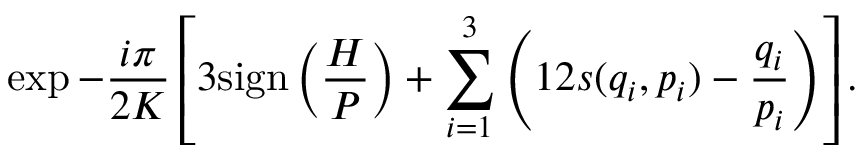
\exp - \frac { i \pi } { 2 K } \left[ 3 \mathrm { s i g n } \left( \frac { H } { P } \right) + \sum _ { i = 1 } ^ { 3 } \left( 1 2 s ( q _ { i } , p _ { i } ) - \frac { q _ { i } } { p _ { i } } \right) \right] .